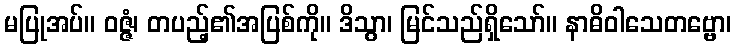
မပြုအပ်။ ဝဇ္ဇံ၊ တပည့်၏အပြစ်ကို။ ဒိသွာ၊ မြင်သည်ရှိသော်။ နာဓိဝါသေတဗ္ဗော၊